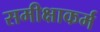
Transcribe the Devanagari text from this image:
समीक्षाकर्म